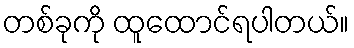
တစ်ခုကို ထူထောင်ရပါတယ်။